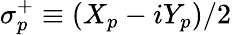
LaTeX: \sigma_{p}^{+}\equiv({X}_{p}-i{Y}_{p})/2